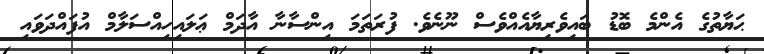
ޙަޔާތުގެ އެންމެ ބޮޑު ބައިވެރިޔާއެއްވެސް ނޫނެވެ. ފުރަތަމަ އިންސާނާ އާދަމް ޢަލައިހިއްސަލާމް އުފައްދަވައި